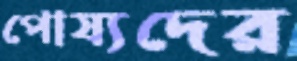
পোষ্যদের